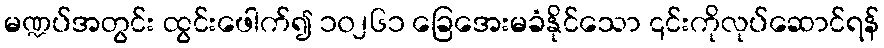
မဏ္ဍပ်အတွင်း ထွင်းဖေါက်၍ ၁၀၂၆၁ ခြေအေးမခံနိုင်သော ၎င်းကိုလုပ်ဆောင်ရန်